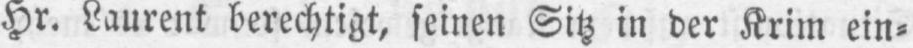
Hr. Laurent berechtigt, seinen Sitz in der Krim ein⸗